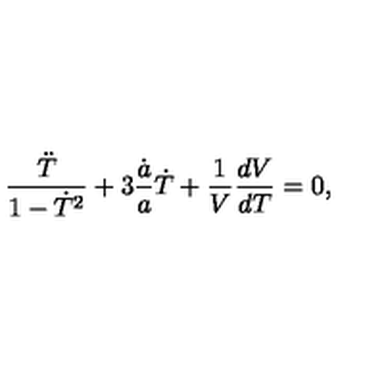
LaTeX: \frac { \ddot { T } } { 1 - \dot { T } ^ { 2 } } + 3 \frac { \dot { a } } { a } \dot { T } + \frac { 1 } { V } \frac { d V } { d T } = 0 ,